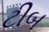
ટીબ